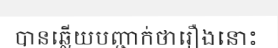
បានឆ្លើយបញ្ជាក់ថារឿងនោះ